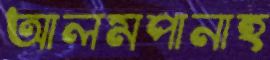
আলমপানাহ